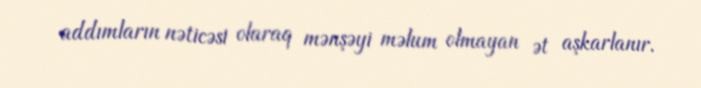
addımların nəticəsi olaraq mənşəyi məlum olmayan ət aşkarlanır.